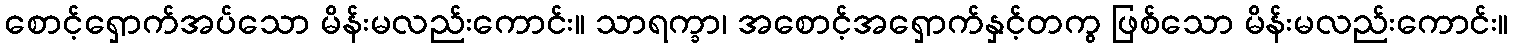
စောင့်ရှောက်အပ်သော မိန်းမလည်းကောင်း။ သာရက္ခာ၊ အစောင့်အရှောက်နှင့်တကွ ဖြစ်သော မိန်းမလည်းကောင်း။